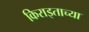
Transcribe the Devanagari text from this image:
किराइताच्या